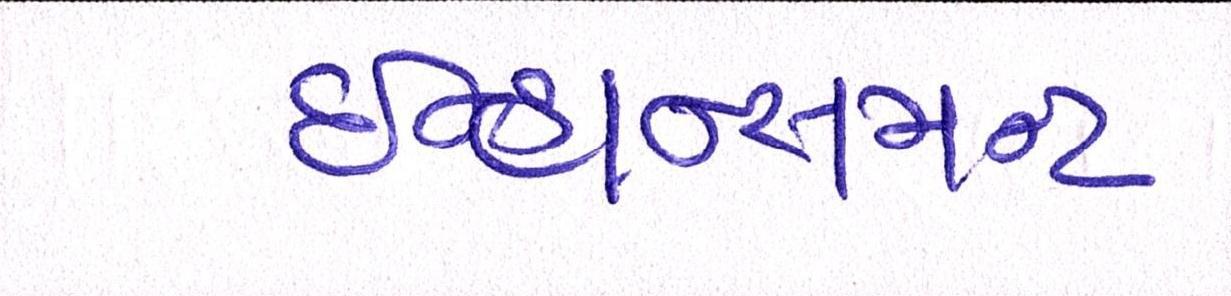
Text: ઇન્હાન્સમન્ટ